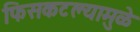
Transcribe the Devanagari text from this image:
फिसकटल्यामुळे